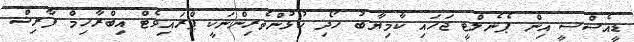
ޑީއެސްސީ އިން ޕެނެލްޓީ ޖަހައި ކާމިޔާބު ހޯދި ކުޅުންތެރިންނަކީ ޕްރައިވެޓް އިބްރާހިމް ފާރިޝް